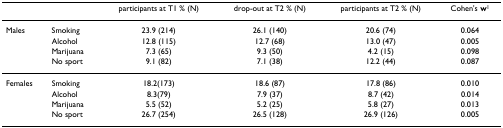
<table><thead><tr><td></td><td></td><td><b>participants at T1 % (N)</b></td><td><b>drop-out at T2 % (N)</b></td><td><b>participants at T2 % (N)</b></td><td><b>Cohen&#x27;s w<sup>1</sup></b></td></tr></thead><tbody><tr><td>Males</td><td>Smoking</td><td>23.9 (214)</td><td>26.1 (140)</td><td>20.6 (74)</td><td>0.064</td></tr><tr><td></td><td>Alcohol</td><td>12.8 (115)</td><td>12.7 (68)</td><td>13.0 (47)</td><td>0.005</td></tr><tr><td></td><td>Marijuana</td><td>7.3 (65)</td><td>9.3 (50)</td><td>4.2 (15)</td><td>0.098</td></tr><tr><td></td><td>No sport</td><td>9.1 (82)</td><td>7.1 (38)</td><td>12.2 (44)</td><td>0.087</td></tr><tr><td>Females</td><td>Smoking</td><td>18.2(173)</td><td>18.6 (87)</td><td>17.8 (86)</td><td>0.010</td></tr><tr><td></td><td>Alcohol</td><td>8.3(79)</td><td>7.9 (37)</td><td>8.7 (42)</td><td>0.014</td></tr><tr><td></td><td>Marijuana</td><td>5.5 (52)</td><td>5.2 (25)</td><td>5.8 (27)</td><td>0.013</td></tr><tr><td></td><td>No sport</td><td>26.7 (254)</td><td>26.5 (128)</td><td>26.9 (126)</td><td>0.005</td></tr></tbody></table>